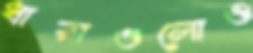
ধারাগুলোও